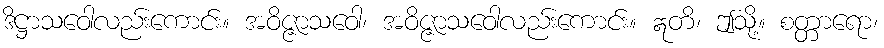
ဒိဋ္ဌာသဝေါလည်းကောင်း။ အဝိဇ္ဇာသဝေါ၊ အဝိဇ္ဇာသဝေါလည်းကောင်း။ ဣတိ၊ ဤသို့။ စတ္တာရော၊